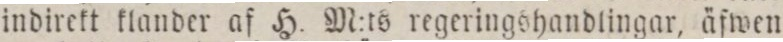
indirekt klander af H. M:ts regeringshandlingar, äfwen